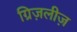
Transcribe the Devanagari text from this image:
ग्रिज़लीज़